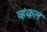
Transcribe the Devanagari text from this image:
व्हंकल